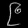
Digit: ၉